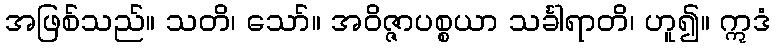
အဖြစ်သည်။ သတိ၊ သော်။ အဝိဇ္ဇာပစ္စယာ သင်္ခါရာတိ၊ ဟူ၍။ ဣဒံ